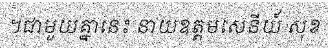
។ជាមួយគ្នានេះ នាយឧត្តមសេនីយ៍ សុខ